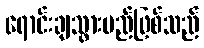
ရောင်းချသွားမည်ဖြစ်သည်